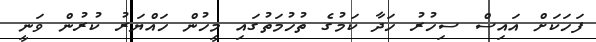
ފަހަކަށް އައިސް ސިހުރު ހަދާ ކަމުގެ ތުހުމަތުގައި މީހުން ހައްޔަރު ކުރުން ވަނީ